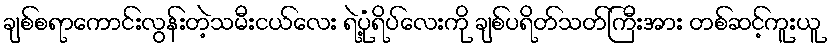
ချစ်စရာကောင်းလွန်းတဲ့သမီးငယ်လေး ရဲ့ပုံရိပ်လေးကို ချစ်ပရိတ်သတ်ကြီးအား တစ်ဆင့်ကူးယူ